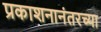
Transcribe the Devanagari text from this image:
प्रकाशनानंतरच्या